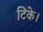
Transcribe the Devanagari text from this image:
टिके।